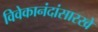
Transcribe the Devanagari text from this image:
विवेकानंदांसारखे